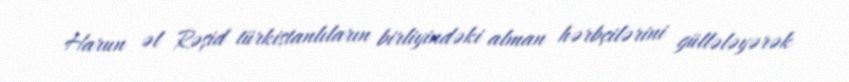
Harun əl Rəşid türkistanlıların birliyindəki alman hərbçilərini güllələyərək